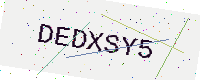
Text: DEDXSY5